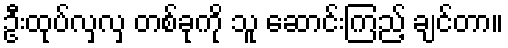
ဦးထုပ်လှလှ တစ်ခုကို သူ ဆောင်းကြည့် ချင်တာ။